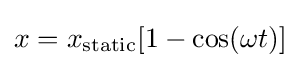
x=x_{\text{static}}[1-\cos(\omega t)]